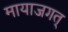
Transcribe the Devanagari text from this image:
मायाजगत्